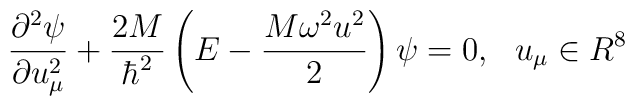
\frac{{\partial}^2\psi}{\partial u^2_\mu}+ \frac{2M}{\hbar^2}\left(E-\frac{M\omega^2u^2}{2}\right)\psi=0,\,\,\,\, u_{\mu}\in R^8